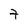
Character: 7